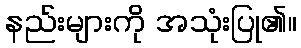
နည်းများကို အသုံးပြု၏။